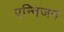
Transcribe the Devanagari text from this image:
एन्विजन